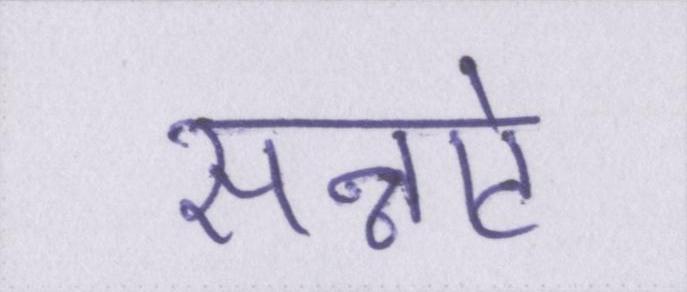
सन्नाटे